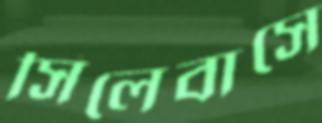
সিলেবাসে